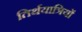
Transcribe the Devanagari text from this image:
तिर्थयात्रियों